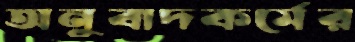
অনুবাদকর্মের